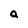
Character: a